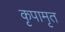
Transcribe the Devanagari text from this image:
कृपामृत